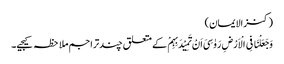
(کنزالایمان)
وَجَعَلْنَا فِی الْاَرْضِ رَوٰسِیَ اَنْ تَمِیْدَبِہِمْ کے متعلق چندتراجم ملاحظہ کیجیے۔